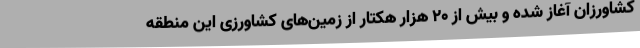
کشاورزان آغاز شده و بیش از 20 هزار هکتار از زمین‌های کشاورزی این منطقه